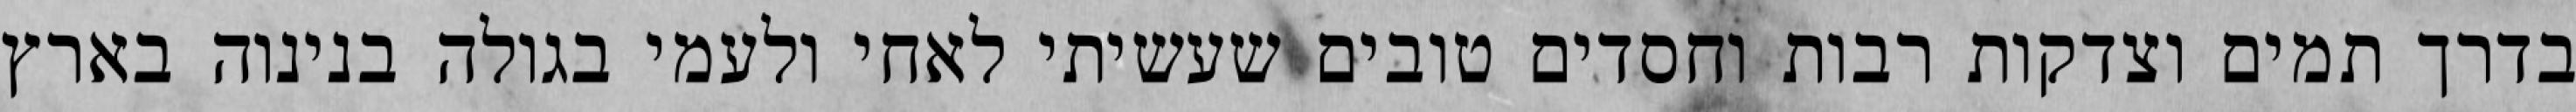
בדרך תמים וצדקות רבות וחסדים טובים שעשיתי לאחי ולעמי בגולה בנינוה בארץ